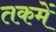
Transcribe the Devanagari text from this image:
तकमें